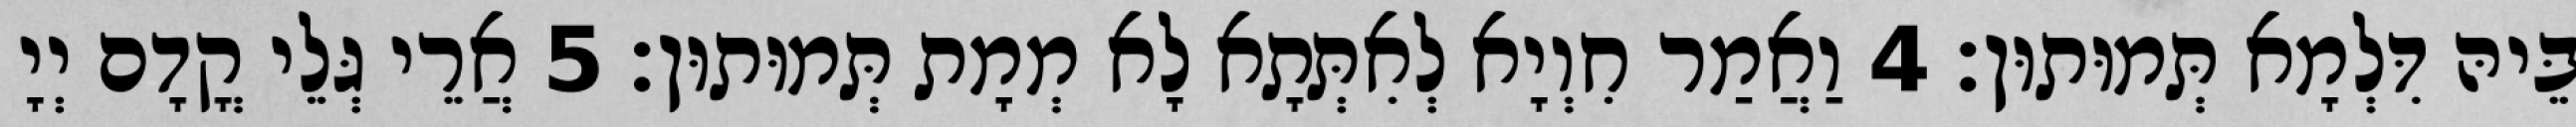
בֵּיהּ דִּלְמָא תְּמוּתוּן׃ 4 וַאֲמַר חִוְיָא לְאִתְּתָא לָא מְמָת תְּמוּתוּן׃ 5 אֲרֵי גְּלֵי קֳדָם יְיָ